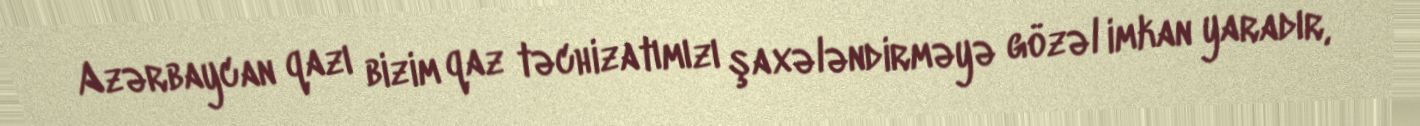
Azərbaycan qazı bizim qaz təchizatımızı şaxələndirməyə gözəl imkan yaradır,